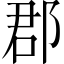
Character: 郡